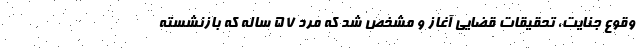
وقوع جنایت، تحقیقات قضایی آغاز و مشخص شد که مرد ۵۷ ساله که بازنشسته